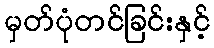
မှတ်ပုံတင်ခြင်းနှင့်